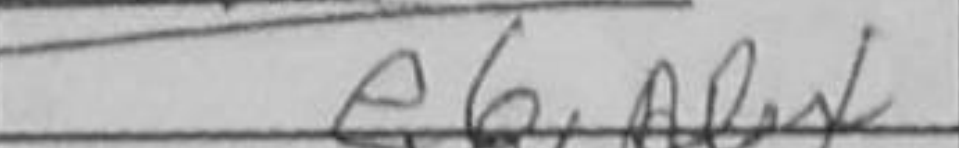
Transcription: e6